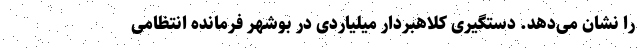
را نشان می‌دهد. دستگیری کلاهبردار میلیاردی در بوشهر فرمانده انتظامی